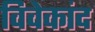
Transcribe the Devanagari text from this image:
विवेकांद